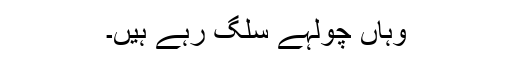
وہاں چولہے سلگ رہے ہیں۔